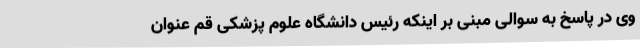
وی در پاسخ به سوالی مبنی بر اینکه رئیس دانشگاه علوم پزشکی قم عنوان